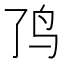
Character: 𱉉